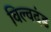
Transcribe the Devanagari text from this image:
विल्वदंड